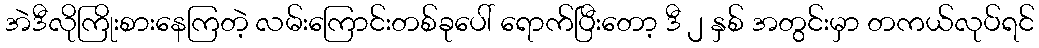
အဲဒီလိုကြိုးစားနေကြတဲ့ လမ်းကြောင်းတစ်ခုပေါ် ရောက်ပြီးတော့ ဒီ ၂ နှစ် အတွင်းမှာ တကယ်လုပ်ရင်